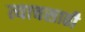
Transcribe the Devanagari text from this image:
त्याचसाठी